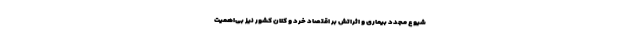
شیوع مجدد بیماری و اثراتش بر اقتصاد خرد و کلان کشور نیز بی‌اهمیت